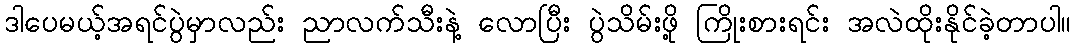
ဒါပေမယ့်အရင်ပွဲမှာလည်း ညာလက်သီးနဲ့ လောပြီး ပွဲသိမ်းဖို့ ကြိုးစားရင်း အလဲထိုးနိုင်ခဲ့တာပါ။